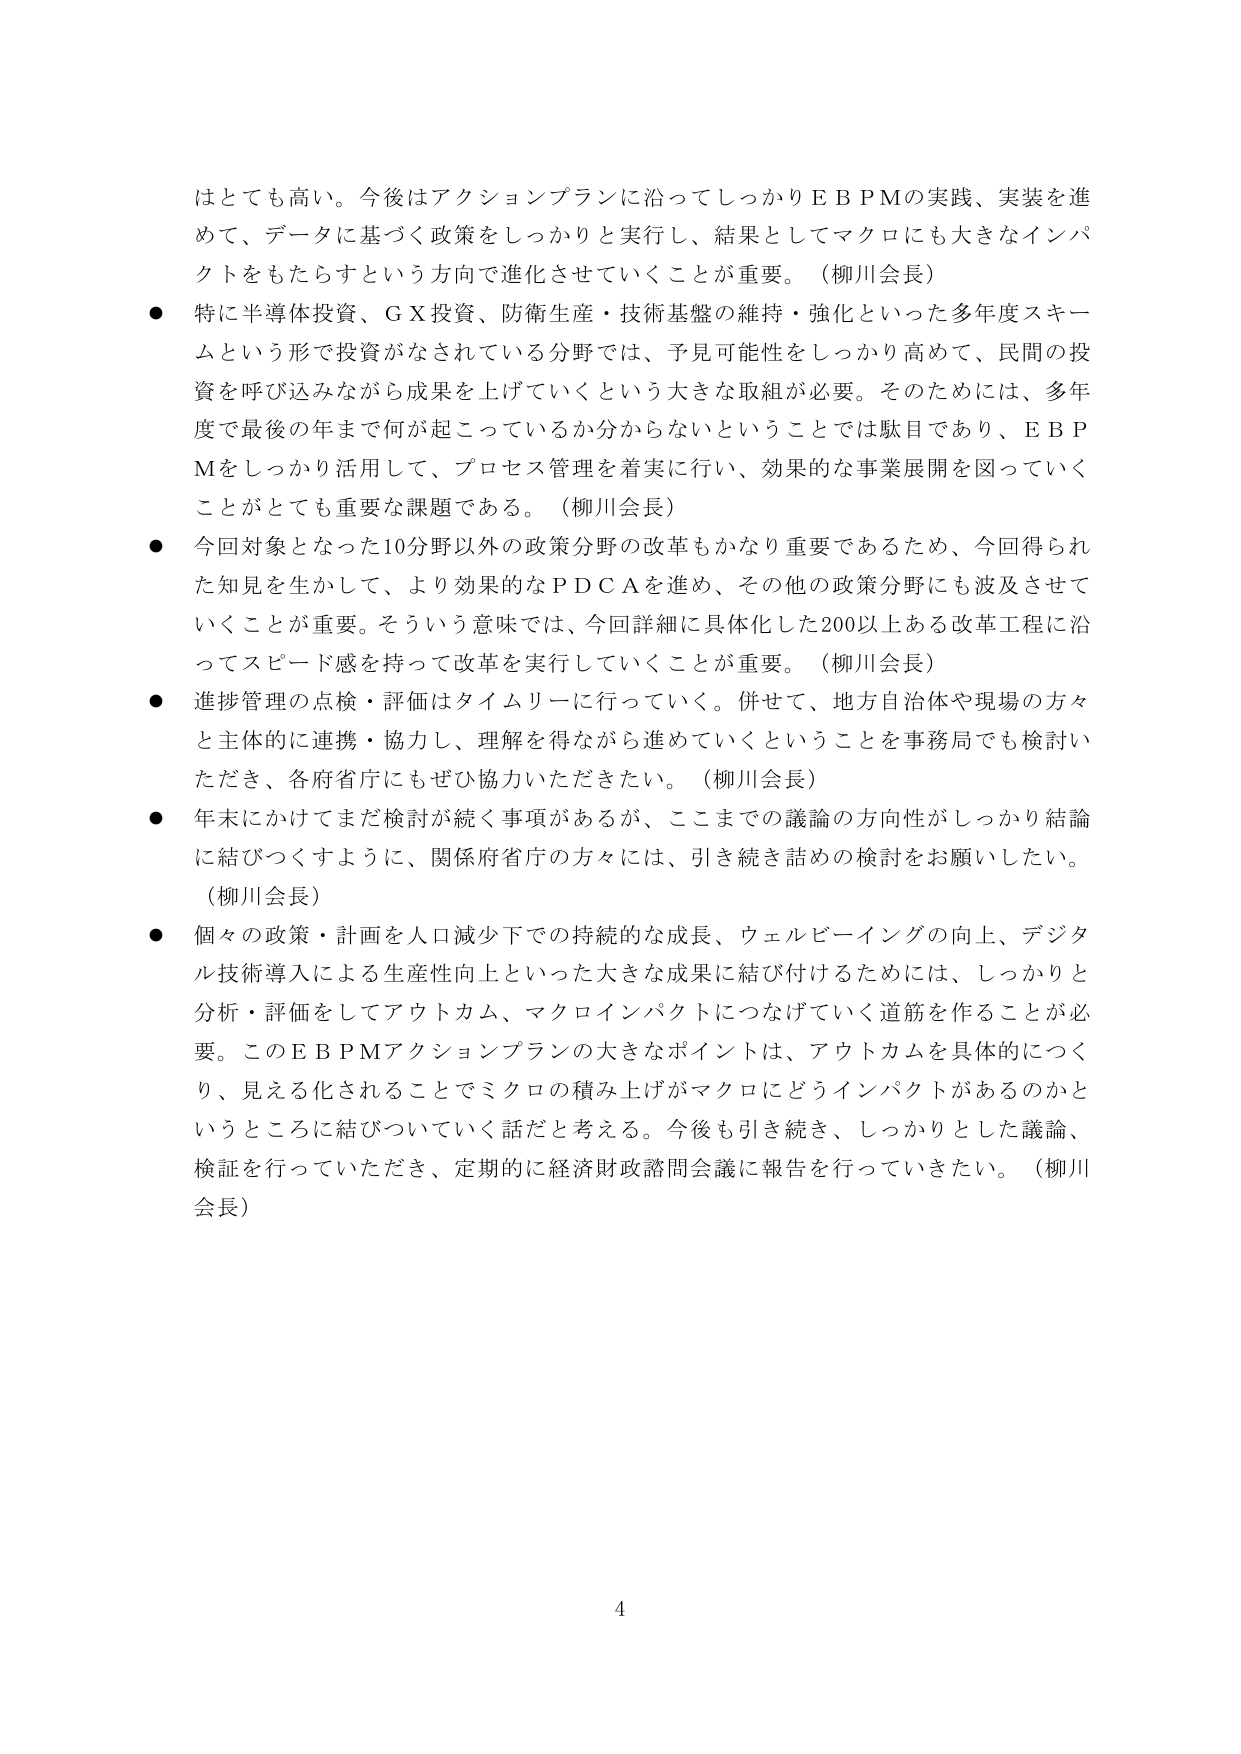
はとても高い。今後はアクションプランに沿ってしっかりＥＢＰＭの実践、実装を進
めて、データに基づく政策をしっかりと実行し、結果としてマクロにも大きなインパ
クトをもたらすという方向で進化させていくことが重要。（柳川会長）
● 特に半導体投資、ＧＸ投資、防衛生産・技術基盤の維持・強化といった多年度スキー
ムという形で投資がなされている分野では、予見可能性をしっかり高めて、民間の投
資を呼び込みながら成果を上げていくという大きな取組が必要。そのためには、多年
度で最後の年まで何が起こっているか分からないということでは駄目であり、ＥＢＰ
Ｍをしっかり活用して、プロセス管理を着実に行い、効果的な事業展開を図っていく
ことがとても重要な課題である。（柳川会長）
● 今回対象となった10分野以外の政策分野の改革もかなり重要であるため、今回得られ
た知見を生かして、より効果的なＰＤＣＡを進め、その他の政策分野にも波及させて
いくことが重要。そういう意味では、今回詳細に具体化した200以上ある改革工程に沿
ってスピード感を持って改革を実行していくことが重要。（柳川会長）
● 進捗管理の点検・評価はタイムリーに行っていく。併せて、地方自治体や現場の方々
と主体的に連携・協力し、理解を得ながら進めていくということを事務局でも検討い
ただき、各府省庁にもぜひ協力いただきたい。（柳川会長）
● 年末にかけてまだ検討が続く事項があるが、ここまでの議論の方向性がしっかり結論
に結びつくように、関係府省庁の方々には、引き続き詰めの検討をお願いしたい。
（柳川会長）
● 個々の政策・計画を人口減少下での持続的な成長、ウェルビーイングの向上、デジタ
ル技術導入による生産性向上といった大きな成果に結び付けるためには、しっかりと
分析・評価をしてアウトカム、マクロインパクトにつなげていく道筋を作ることが必
要。このＥＢＰＭアクションプランの大きなポイントは、アウトカムを具体的につく
り、見える化されることでミクロの積み上げがマクロにどうインパクトがあるのかと
いうところに結びついていく話だと考える。今後も引き続き、しっかりとした議論、
検証を行っていただき、定期的に経済財政諮問会議に報告を行っていきたい。（柳川
会長）
4